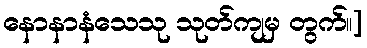
နောနာနံသေသု သုတ်ကျမှ တွက်။]